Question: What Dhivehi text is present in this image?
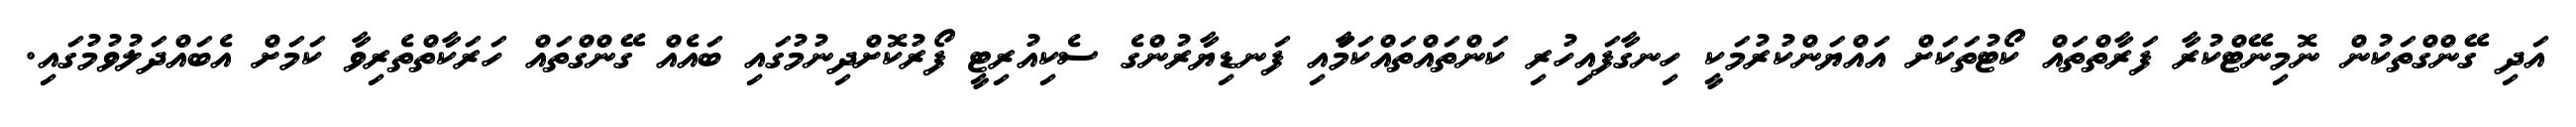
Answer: އަދި ގޭންގްތަކުން ނޮމިނޭޓްކުރާ ފަރާތްތައް ކޯޓުތަކަށް އައްޔަންކުރުމަކީ ހިނގާފައިހުރި ކަންތައްތައްކަމަާއި ފަނޑިޔާރުންގެ ސެކިއުރިޓީ ފޯރުކޮށްދިނުމުގައި ބައެއް ގޭންގްތައް ހަރަކާތްތެރިވާ ކަމަށް އެބައްދަލުވުމުގައި.